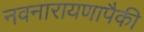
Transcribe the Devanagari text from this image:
नवनारायणापैकी